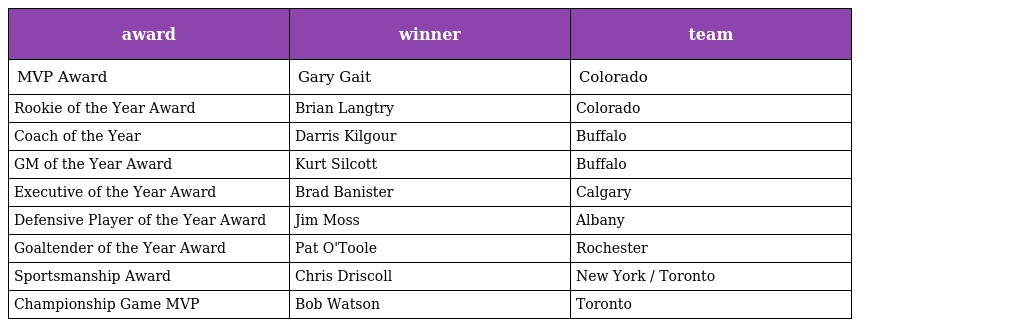
| award | winner | team |
 | --- | --- | --- |
 | MVP Award | Gary Gait | Colorado |
 | Rookie of the Year Award | Brian Langtry | Colorado |
 | Coach of the Year | Darris Kilgour | Buffalo |
 | GM of the Year Award | Kurt Silcott | Buffalo |
 | Executive of the Year Award | Brad Banister | Calgary |
 | Defensive Player of the Year Award | Jim Moss | Albany |
 | Goaltender of the Year Award | Pat O'Toole | Rochester |
 | Sportsmanship Award | Chris Driscoll | New York / Toronto |
 | Championship Game MVP | Bob Watson | Toronto |